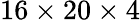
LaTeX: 16\times 20\times 4